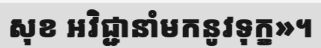
សុខ អវិជ្ជានាំមកនូវទុក្ខ»។